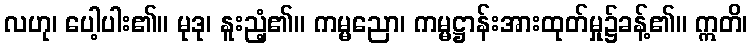
လဟု၊ ပေါ့ပါး၏။ မုဒု၊ နူးညံ့၏။ ကမ္မညော၊ ကမ္မဋ္ဌာန်းအားထုတ်မှု၌ခန့်၏။ ဣတိ၊